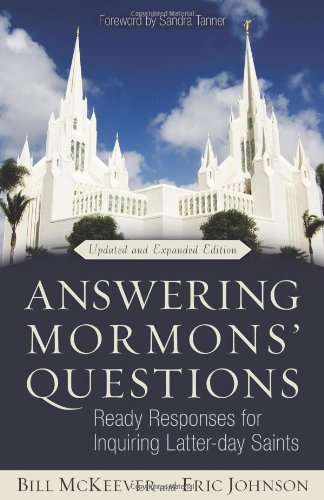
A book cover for Answering Mormons' Questions: Ready Responses for Inquiring Latter-day Saints; Bill McKeever; Religion & Spirituality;